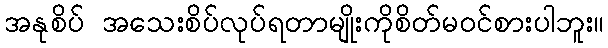
အနုစိပ် အသေးစိပ်လုပ်ရတာမျိုးကိုစိတ်မဝင်စားပါဘူး။